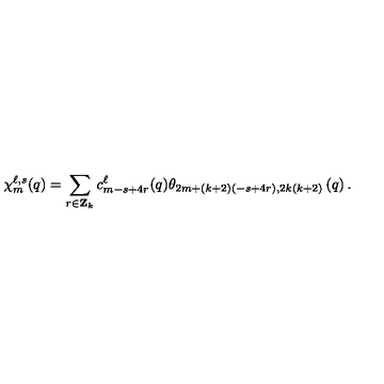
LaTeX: \chi _ { m } ^ { \ell , s } ( q ) = \sum _ { r \in { \bf Z } _ { k } } c _ { m - s + 4 r } ^ { \ell } ( q ) \theta _ { 2 m + ( k + 2 ) ( - s + 4 r ) , 2 k ( k + 2 ) } \left( q \right) .